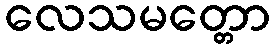
လေသမတ္တော